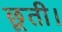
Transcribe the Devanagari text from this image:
छूती।